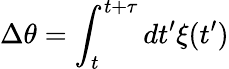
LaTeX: \Delta\theta=\int_{t}^{t+\tau}dt^{\prime}\xi(t^{\prime})